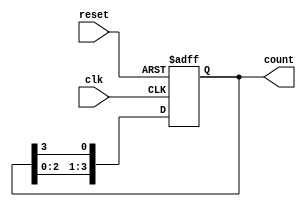
module ring_counter #(
    parameter N = 4  // Number of bits in the ring counter
)(
    input wire clk,    // Clock signal
    input wire reset,  // Asynchronous reset signal
    output reg [N-1:0] count // Output state of the ring counter
);

// Initial state
initial begin
    count = 1'b1; // Initialize the counter with '1' in the least significant bit
end

// Always block triggered on the rising edge of the clock or the reset signal
always @(posedge clk or posedge reset) begin
    if (reset) begin
        count <= 1'b1; // Reset the counter to initial state
    end else begin
        // Shift the '1' to the left, wrapping around
        count <= {count[N-2:0], count[N-1]};
    end
end

endmodule